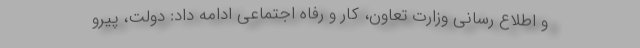
و اطلاع رسانی وزارت تعاون، کار و رفاه اجتماعی ادامه داد: دولت، پیرو